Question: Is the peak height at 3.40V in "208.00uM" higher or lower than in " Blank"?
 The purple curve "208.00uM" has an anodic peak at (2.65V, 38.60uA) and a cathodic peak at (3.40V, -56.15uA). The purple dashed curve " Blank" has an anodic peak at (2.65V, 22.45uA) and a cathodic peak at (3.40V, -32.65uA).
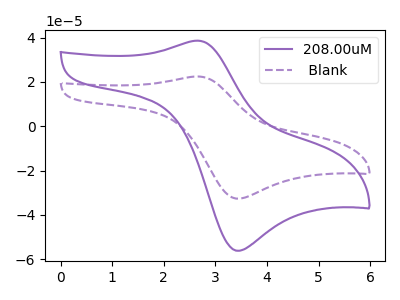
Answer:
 <answer>The peak at 3.40V is higher in "208.00uM" than in " Blank".</answer>
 <eval>higher</eval>